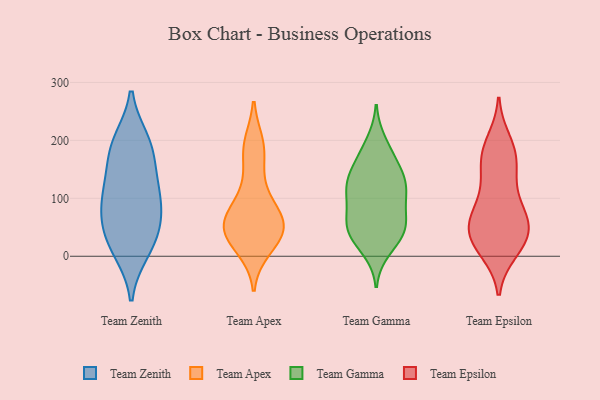
{"axis": {"x": "Budget (USD K)", "y": "Value"}, "legend": ["Team Apex", "Team Epsilon", "Team Gamma", "Team Zenith"], "data": [{"x": "", "y": 95, "type": "Team Zenith"}, {"x": "", "y": 198, "type": "Team Zenith"}, {"x": "", "y": 146, "type": "Team Zenith"}, {"x": "", "y": 119, "type": "Team Zenith"}, {"x": "", "y": 193, "type": "Team Zenith"}, {"x": "", "y": 45, "type": "Team Zenith"}, {"x": "", "y": 10, "type": "Team Zenith"}, {"x": "", "y": 101, "type": "Team Zenith"}, {"x": "", "y": 16, "type": "Team Zenith"}, {"x": "", "y": 76, "type": "Team Zenith"}, {"x": "", "y": 48, "type": "Team Zenith"}, {"x": "", "y": 184, "type": "Team Zenith"}, {"x": "", "y": 51, "type": "Team Apex"}, {"x": "", "y": 193, "type": "Team Apex"}, {"x": "", "y": 52, "type": "Team Apex"}, {"x": "", "y": 45, "type": "Team Apex"}, {"x": "", "y": 180, "type": "Team Apex"}, {"x": "", "y": 119, "type": "Team Apex"}, {"x": "", "y": 67, "type": "Team Apex"}, {"x": "", "y": 78, "type": "Team Apex"}, {"x": "", "y": 32, "type": "Team Apex"}, {"x": "", "y": 14, "type": "Team Apex"}, {"x": "", "y": 66, "type": "Team Gamma"}, {"x": "", "y": 45, "type": "Team Gamma"}, {"x": "", "y": 106, "type": "Team Gamma"}, {"x": "", "y": 113, "type": "Team Gamma"}, {"x": "", "y": 11, "type": "Team Gamma"}, {"x": "", "y": 127, "type": "Team Gamma"}, {"x": "", "y": 139, "type": "Team Gamma"}, {"x": "", "y": 119, "type": "Team Gamma"}, {"x": "", "y": 88, "type": "Team Gamma"}, {"x": "", "y": 55, "type": "Team Gamma"}, {"x": "", "y": 26, "type": "Team Gamma"}, {"x": "", "y": 197, "type": "Team Gamma"}, {"x": "", "y": 117, "type": "Team Gamma"}, {"x": "", "y": 54, "type": "Team Gamma"}, {"x": "", "y": 53, "type": "Team Gamma"}, {"x": "", "y": 149, "type": "Team Gamma"}, {"x": "", "y": 35, "type": "Team Gamma"}, {"x": "", "y": 163, "type": "Team Gamma"}, {"x": "", "y": 180, "type": "Team Gamma"}, {"x": "", "y": 23, "type": "Team Epsilon"}, {"x": "", "y": 54, "type": "Team Epsilon"}, {"x": "", "y": 180, "type": "Team Epsilon"}, {"x": "", "y": 124, "type": "Team Epsilon"}, {"x": "", "y": 70, "type": "Team Epsilon"}, {"x": "", "y": 10, "type": "Team Epsilon"}, {"x": "", "y": 177, "type": "Team Epsilon"}, {"x": "", "y": 148, "type": "Team Epsilon"}, {"x": "", "y": 197, "type": "Team Epsilon"}, {"x": "", "y": 68, "type": "Team Epsilon"}, {"x": "", "y": 167, "type": "Team Epsilon"}, {"x": "", "y": 99, "type": "Team Epsilon"}, {"x": "", "y": 62, "type": "Team Epsilon"}, {"x": "", "y": 43, "type": "Team Epsilon"}, {"x": "", "y": 22, "type": "Team Epsilon"}, {"x": "", "y": 19, "type": "Team Epsilon"}, {"x": "", "y": 52, "type": "Team Epsilon"}]}